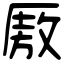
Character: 厫